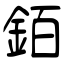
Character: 銆